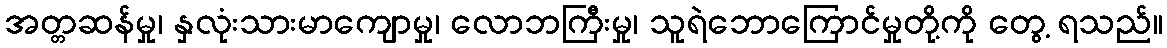
အတ္တဆန်မှု၊ နှလုံးသားမာကျောမှု၊ လောဘကြီးမှု၊ သူရဲဘောကြောင်မှုတို့ကို တွေ့ ရသည်။